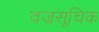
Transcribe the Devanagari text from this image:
वज्रसूचिक